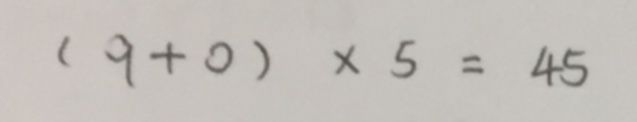
( 9 + 0 ) \times 5 = 4 5